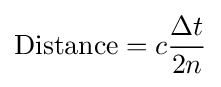
{\text{Distance}}=c{\frac {\Delta t}{2n}}